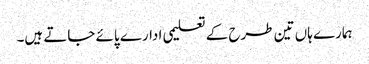
ہمارے ہاں تین طرح کے تعلیمی ادارے پائے جاتے ہیں۔